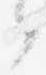
了